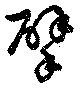
擘